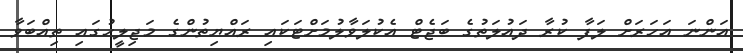
އަންނަ އަހަރަށް ލަފާ ކުރާ ދައުލަތުގެ ބަޖެޓް އެކުލަވާލުމަށްޓަކައި ރައްޔިތުންގެ މަޖިލީހުގައި ތިއްބަވާ